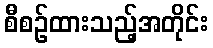
စီစဉ်ထားသည့်အတိုင်း